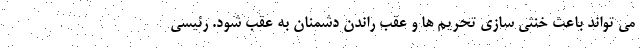
می تواند باعث خنثی سازی تحریم ها و عقب راندن دشمنان به عقب شود. رئیسی